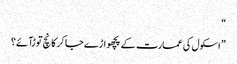
“
” اسکول کی عمارت کے پچھواڑے جا کر کانچ توڑآئے؟